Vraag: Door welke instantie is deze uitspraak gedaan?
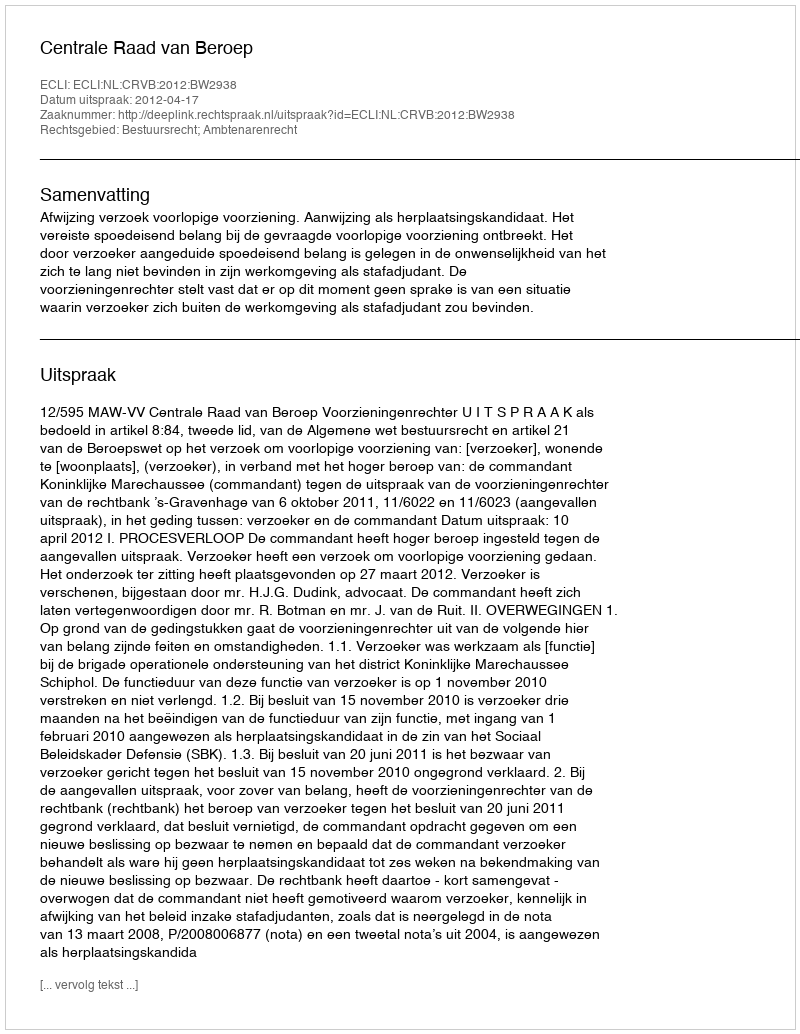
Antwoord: Centrale Raad van Beroep